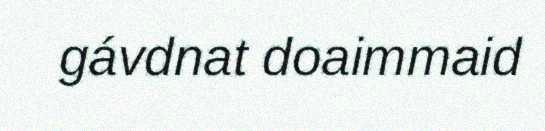
gávdnat doaimmaid